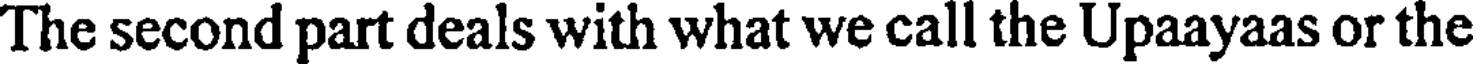
The second part deals with what we call the Upaayaas or the